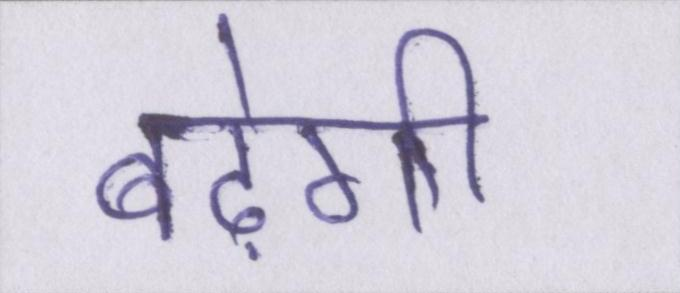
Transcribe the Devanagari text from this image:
बढ़ेगी